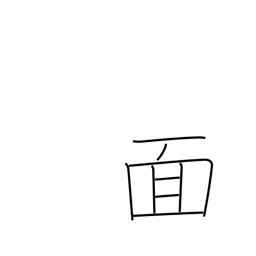
Meaning: mask